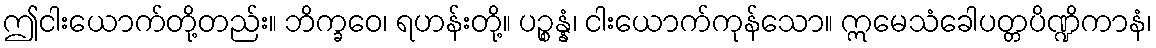
ဤငါးယောက်တို့တည်း။ ဘိက္ခဝေ၊ ရဟန်းတို့။ ပဉ္စန္နံ၊ ငါးယောက်ကုန်သော။ ဣမေသံခေါပတ္တပိဏ္ဍိကာနံ၊